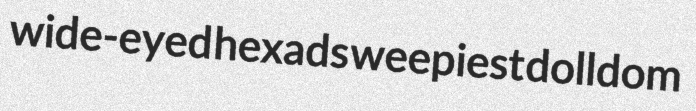
wide-eyed hexads weepiest dolldom